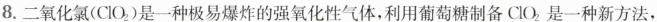
8.二氧化氯(ClO_{2})是一种极易爆炸的强氧化性气体，利用葡萄糖制备ClO_{2}是一种新方法，